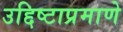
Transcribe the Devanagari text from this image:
उद्दिष्टाप्रमाणे